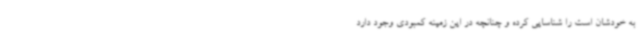
به خودشان است را شناسایی کرده و چنانچه در این زمینه کمبودی وجود دارد